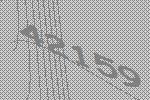
42159